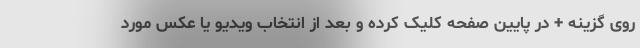
روی گزینه + در پایین صفحه کلیک کرده و بعد از انتخاب ویدیو یا عکس مورد